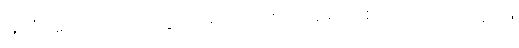
မလိုအပ်ပေ)။ ပေတွာ၊ ရောက်စေ၍။ ရောစေ၍၊ ရောက်စေ၍။